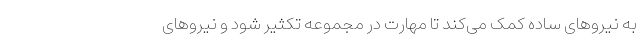
به نیرو‌های ساده کمک می‌کند تا مهارت در مجموعه تکثیر شود و نیرو‌های